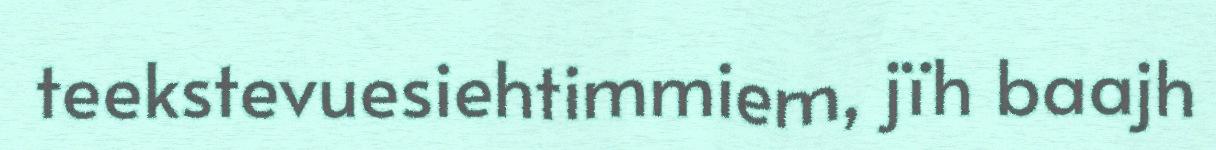
teekstevuesiehtimmiem, jïh baajh